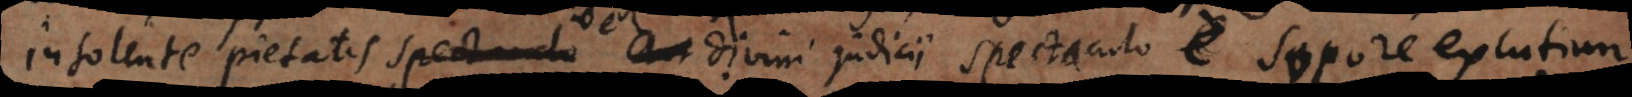
nsolente pietatis vel divini judicii spectaculo sopore excutiun